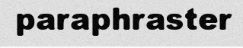
paraphraster